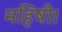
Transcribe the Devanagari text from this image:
महिषी।